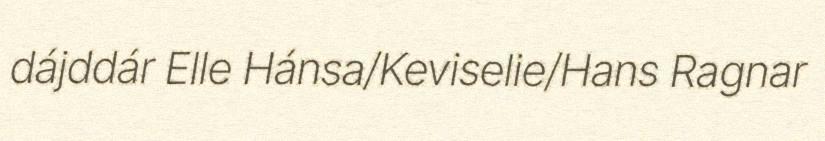
dájddár Elle Hánsa/Keviselie/Hans Ragnar